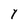
Character: Y